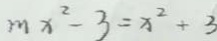
m x ^ { 2 } - 3 = x ^ { 2 } + 3